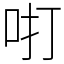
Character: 咑